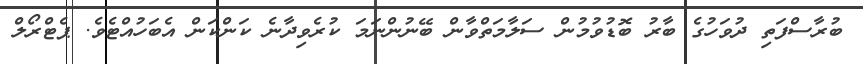
ބުރާސްފަތި ދުވަހުގެ ބާރު ބޮޑުވުމުން ސަލާމަތްވާން ބޭނުންނަމަ ކުރެވިދާނެ ކަންކަން އެބަހުއްޓެވެ. ޕެޓްރޯލް